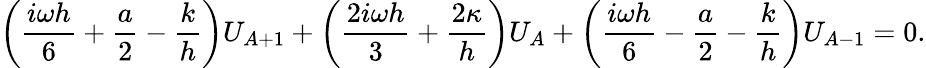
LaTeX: \left(\frac{i\omega h}{6}+\frac{a}{2}-\frac{k}{h}\right)U_{A+1}+\left(\frac{2i\omega h}{3}+\frac{2\kappa}{h}\right)U_{A}+\left(\frac{i\omega h}{6}-\frac{a}{2}-\frac{k}{h}\right)U_{A-1}=0.